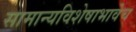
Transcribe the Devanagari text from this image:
सामान्यविशेषाभावेच